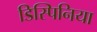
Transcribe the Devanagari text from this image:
डिस्पिनिया